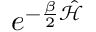
e ^ { - \frac { \beta } { 2 } \hat { \mathcal { H } } }